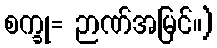
စက္ခု= ဉာဏ်အမြင်။)